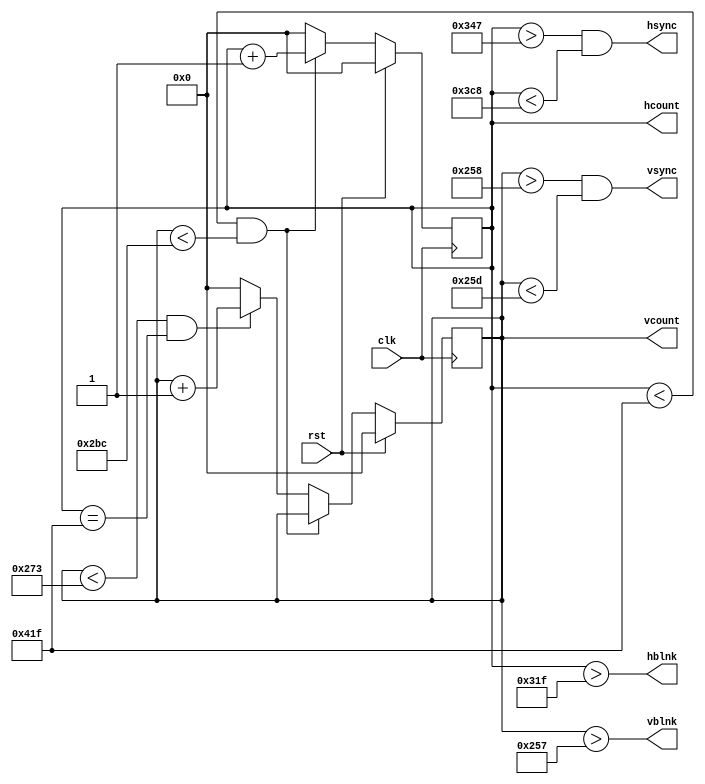
`timescale 1 ns / 1 ps

//////////////////////////////////////////////////////////////////////////////////
// Module Name: timing
// Project Name: Statki
// Description: Modu obsuguje podstawowe operacje  pikseli na ekranie - wyznacza sygnay, ktre poniej 
// s przetwarzane przez kolejne moduy i wywietlane na ekranie (hcount, vcount) oraz sygnay sterujce,
// odpowiadajce za synchronizacj ekranu z pikselami (vsync, vblnk, hsync, hblnk)
//////////////////////////////////////////////////////////////////////////////////

module vga_timing (
  input wire clk,
  input wire rst,
  output wire [10:0] vcount,
  output wire vsync,
  output wire vblnk,
  output wire [10:0] hcount,
  output wire hsync,
  output wire hblnk
  );

    reg [10:0] vcount_reg;
    reg [10:0] hcount_reg;
    reg [10:0] vcount_nxt;
    reg [10:0] hcount_nxt;  

    assign vcount = vcount_reg;
    assign hcount = hcount_reg;
    assign vsync = ((vcount_reg > 600) && (vcount_reg < 605));
    assign hsync = ((hcount_reg > 839) && (hcount_reg < 968));
    assign vblnk = (vcount_reg > 599);
    assign hblnk = (hcount_reg > 799); 

    initial
    begin
        vcount_reg = 0;
        hcount_reg = 0;
    end

    always @(posedge clk) 
    begin
        if(rst)
        begin
            vcount_reg <= 0;
            hcount_reg <= 0;        
        end
        else 
        begin
            vcount_reg <= vcount_nxt;
            hcount_reg <= hcount_nxt;
        end
    end

    always @* 
    begin
        if((hcount_reg < 1055) && (vcount_reg < 700))
            begin
                hcount_nxt = hcount_reg + 1;
                vcount_nxt = vcount_reg;
            end     
        else
        begin
            if((vcount_reg < 627) && (hcount_reg == 1055)) 
            begin
                hcount_nxt = 0;
                vcount_nxt = vcount_reg + 1;
            end
            else
            begin
                hcount_nxt = 0;
                vcount_nxt = 0;
            end
        end
    end
endmodule